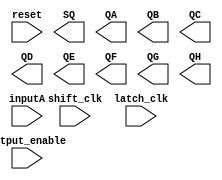
module two(inputA, shift_clk, latch_clk, reset, output_enable, SQ, QA, QB, QC, QD, QE, QF, QG, QH);
input inputA, shift_clk, latch_clk, reset, output_enable;
output SQ, QA, QB, QC, QD, QE, QF, QG, QH;

//your code~~

endmodule